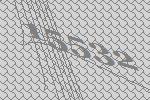
15532